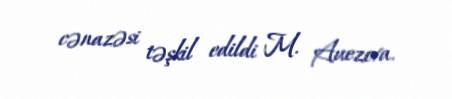
cənazəsi təşkil edildi M. Auezova.